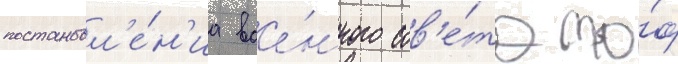
постановл'е́н'иа вое́нного сов'е́та то́ф